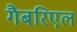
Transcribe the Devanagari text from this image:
गैबरिएल